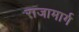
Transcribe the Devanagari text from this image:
राजामार्ग